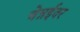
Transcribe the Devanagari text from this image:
चेन्नईवर